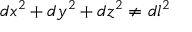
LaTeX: d x ^ { 2 } + d y ^ { 2 } + d z ^ { 2 } \neq d l ^ { 2 }